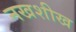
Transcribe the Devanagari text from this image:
नखशीख